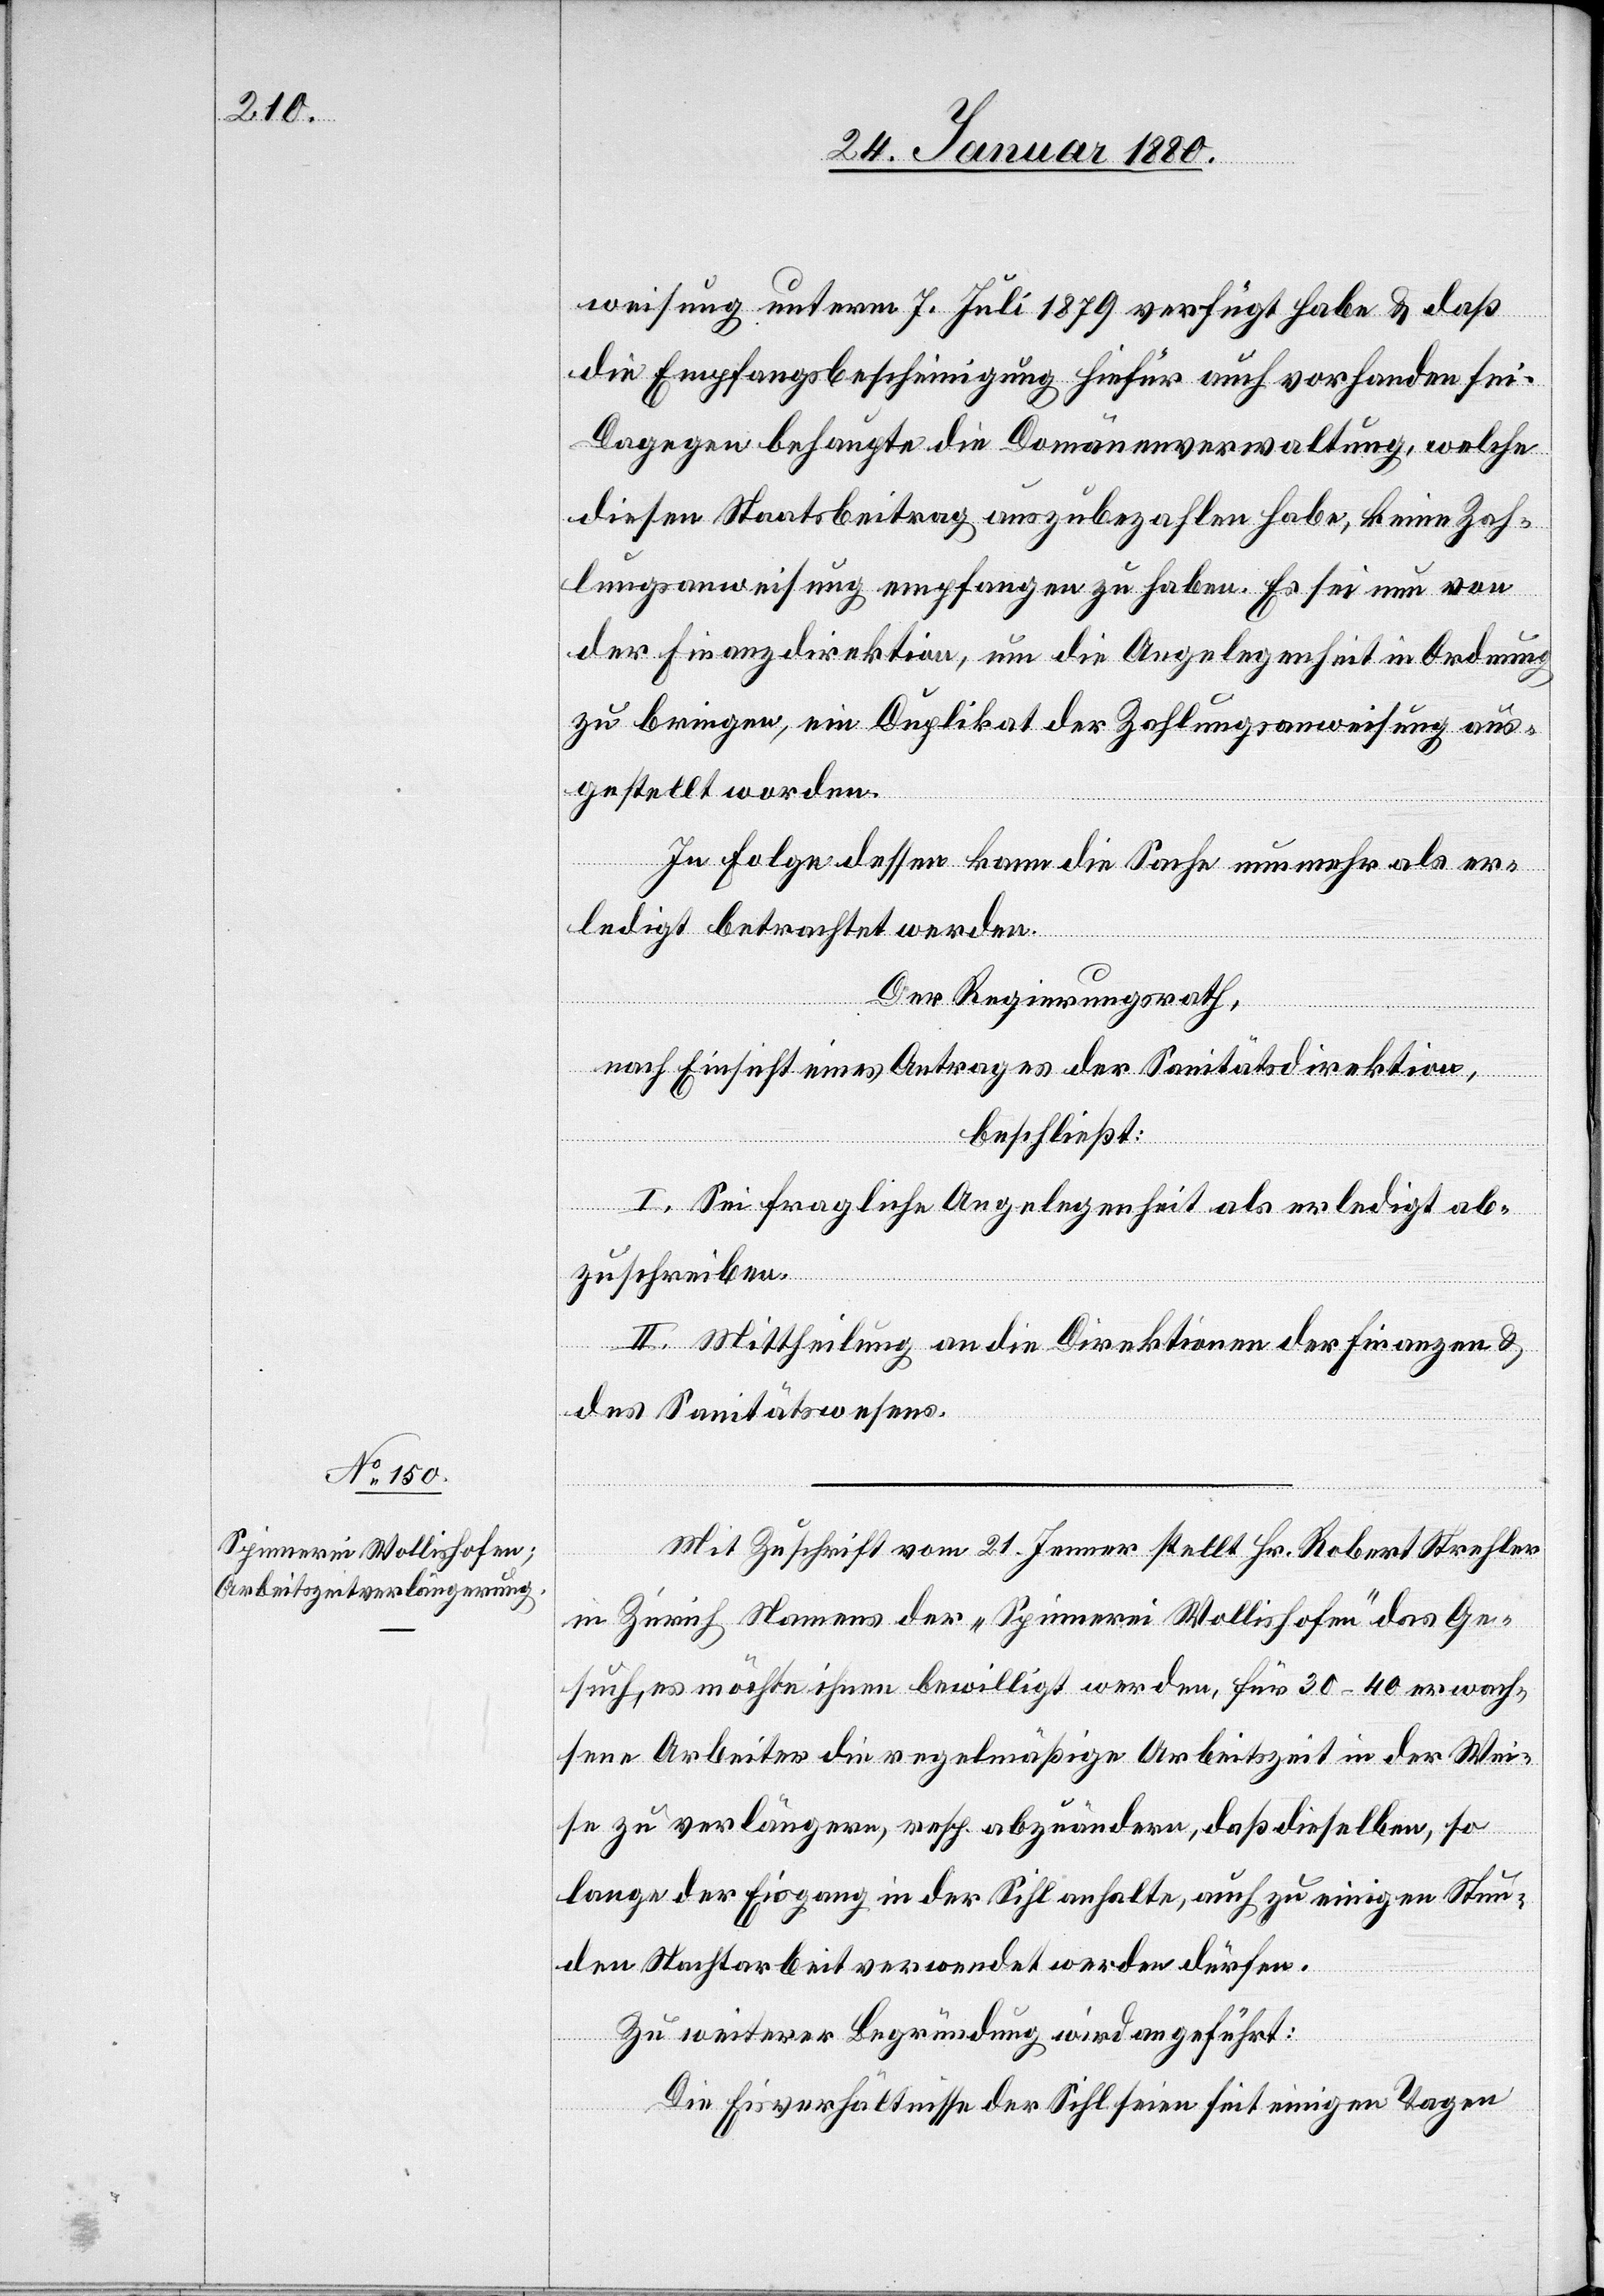
weisung unterm 7. Juli 1879 verfügt habe & daß
die Empfangsbescheinigung hiefür auch vorhanden sei.
Dagegen behaupte die Domänenverwaltung, welche
diesen Staatsbeitrag auszubezahlen habe, keine Zah¬
lungsanweisung empfangen zu haben. Es sei nun von
der Finanzdirektion, um die Angelegenheit in Ordnung
zu bringen, ein Duplikat der Zahlungsanweisung aus¬
gestellt worden.
In Folge dessen kann die Sache nunmehr als er¬
ledigt betrachtet werden.
Der Regierungsrath,
nach Einsicht eines Antrages der Sanitätsdirektion,
beschließt:
I. Sei fragliche Angelegenheit als erledigt ab¬
zuschreiben.
II. Mittheilung an die Direktionen der Finanzen &
des Sanitätswesens.
Mit Zuschrift vom 21. Jenner stellt Hr. Robert Strehler
in Zürich Namens der „Spinnerei Wollishofen“ das Ge¬
such, es möchte ihm bewilligt werden, für 30–40 erwach¬
sene Arbeiter die regelmäßige Arbeitszeit in der Wei¬
se zu verlängern, resp. abzuändern, daß dieselben, so
lange der Eisgang der Sihl anhalte, auch zu einigen Stun¬
den Nachtarbeit verwendet werden dürfen.
Zu weiterer Begründung wird angeführt:
Die Eisverhältnisse der Sihl seien seit einigen Tagen